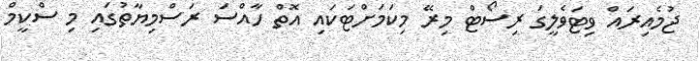
ޖުމެއިރައް ވިޓަވެލީގަ ރިސޯޓް މިރޭ މިކަމަށްޓަކައި އޮތް ހާއްސަ ރަސްމިޔާތުގައި މި ސްކީމް